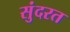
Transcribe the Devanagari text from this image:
सुंदरत